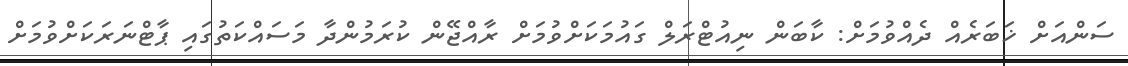
ސަންއަށް ޚަބަރެއް ދެއްވުމަށް: ކާބަން ނިއުޓްރަލް ގައުމަކަށްވުމަށް ރާއްޖޭން ކުރަމުންދާ މަސައްކަތުގައި ޕާޓްނަރަކަށްވުމަށް